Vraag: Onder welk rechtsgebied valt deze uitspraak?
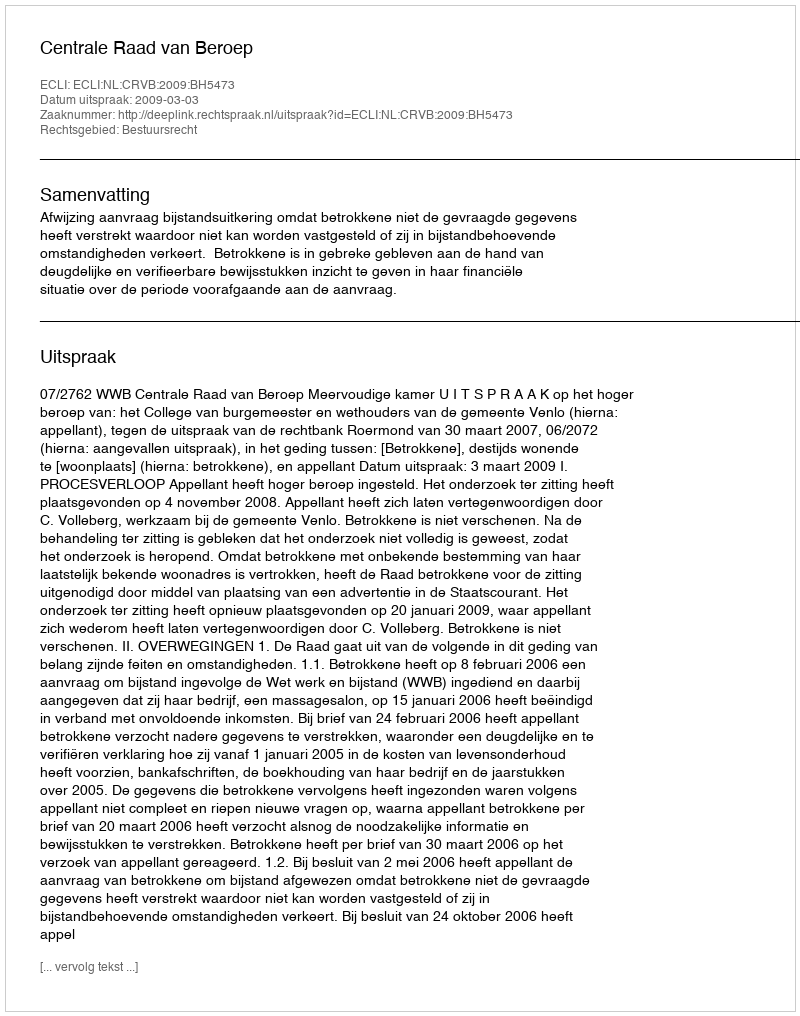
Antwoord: Bestuursrecht